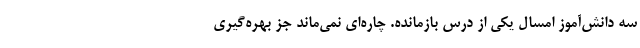
سه دانش‌آموز امسال یکی از درس بازمانده. چاره‌ای نمی‌ماند جز بهره‌گیری